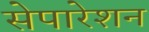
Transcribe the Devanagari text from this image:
सेपारेशन